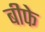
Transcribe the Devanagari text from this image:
बीफे